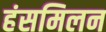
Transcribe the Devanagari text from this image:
हंसमिलन